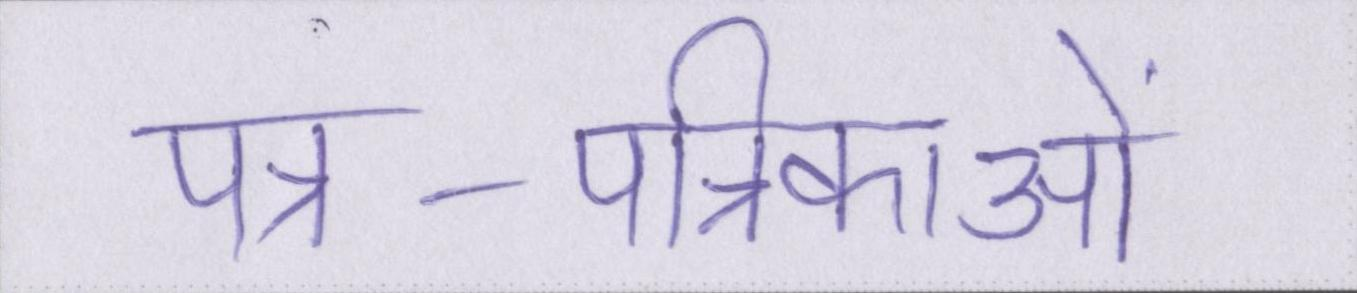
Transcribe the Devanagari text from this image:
पत्र-पत्रिकाओं